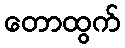
တောထွက်